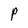
Character: P